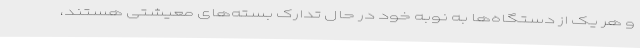
و هر یک از دستگاه‌ها به نوبه خود در حال تدارک بسته‌های معیشتی هستند،